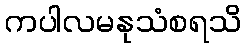
ကပါလမနုသံစရသိ